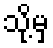
သို့မှ